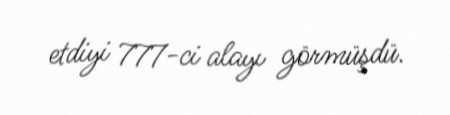
etdiyi 777-ci alayı görmüşdü.